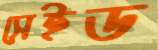
সেইড